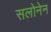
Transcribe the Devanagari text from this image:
सलोनेन